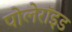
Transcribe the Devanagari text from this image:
पोलेरॉइड